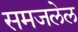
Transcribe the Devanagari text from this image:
समजलेल